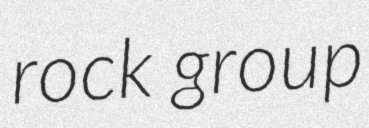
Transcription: rock group